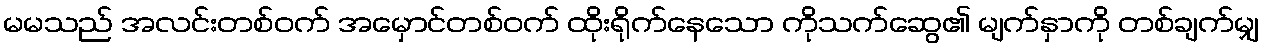
မမသည် အလင်းတစ်ဝက် အမှောင်တစ်ဝက် ထိုးရိုက်နေသော ကိုသက်ဆွေ၏ မျက်နှာကို တစ်ချက်မျှ